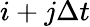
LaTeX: i+j\Delta t